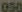
050